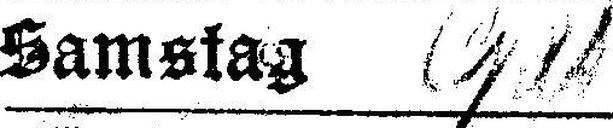
Samstag